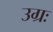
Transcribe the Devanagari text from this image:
उग्रः